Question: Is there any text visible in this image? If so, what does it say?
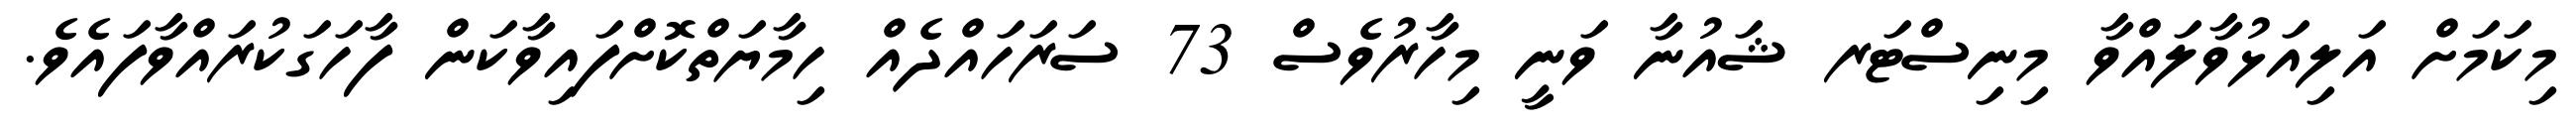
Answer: މިކަމަށް އަލިއަޅުވާލައްވާ މިނިސްޓަރ ޝައުނާ ވަނީ މިހާރުވެސް 73 ސަރަހައްދެއް ހިމާޔަތްކޮށްފައިވާކަން ފާހަގަކުރައްވާފައެވެ.